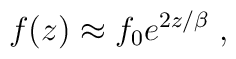
f(z)\approx f_0 e^{2z/\beta}\;,